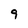
Character: 9